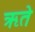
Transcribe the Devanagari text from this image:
ऋते